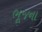
ભૂજના